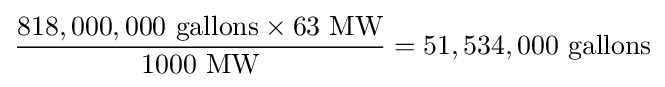
{\frac {818,000,000{\mbox{ gallons}}\times 63{\mbox{ MW}}}{1000{\mbox{ MW}}}}=51,534,000{\mbox{ gallons}}